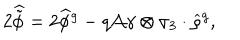
LaTeX: 2 \widehat { \tilde { \phi } } = 2 \widehat { \phi } { } ^ { g } - q { \cal A } \gamma \otimes \sigma _ { 3 } \cdot \widehat { \varrho } { } ^ { g } ,